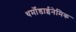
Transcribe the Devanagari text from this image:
थर्मोडाईनेमिक